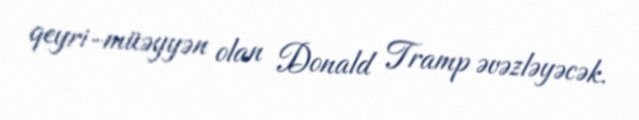
qeyri-müəyyən olan Donald Tramp əvəzləyəcək.